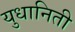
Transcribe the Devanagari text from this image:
युधानिती